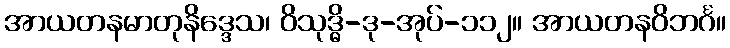
အာယတနမာတုနိဒ္ဒေသ၊ ဝိသုဒ္ဓိ-ဒု-အုပ်-၁၁၂။ အာယတနဝိဘင်္ဂ။